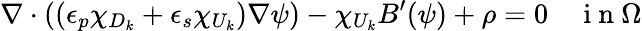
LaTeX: \nabla\cdot((\epsilon_{p}\chi_{D_{k}}+\epsilon_{s}\chi_{U_{k}})\nabla\psi)-\chi_{U_{k}}B^{\prime}(\psi)+\rho=0\quad\mathrm{~i~n~}\Omega